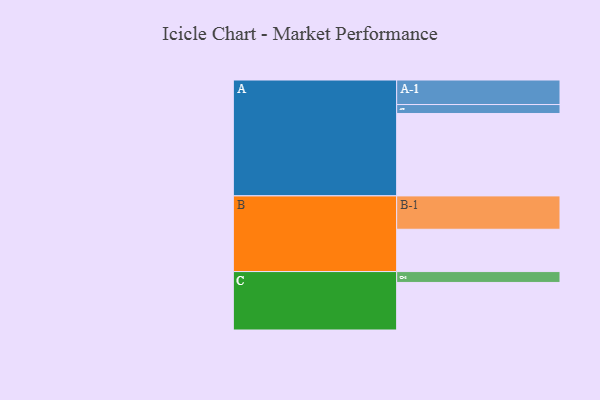
{"axis": {"x": "Segment", "y": "Value"}, "legend": ["", "A", "B", "C"], "data": [{"x": "A", "y": 598, "type": ""}, {"x": "B", "y": 307, "type": ""}, {"x": "C", "y": 345, "type": ""}, {"x": "A-1", "y": 178, "type": "A"}, {"x": "A-2", "y": 65, "type": "A"}, {"x": "B-1", "y": 242, "type": "B"}, {"x": "C-1", "y": 79, "type": "C"}]}